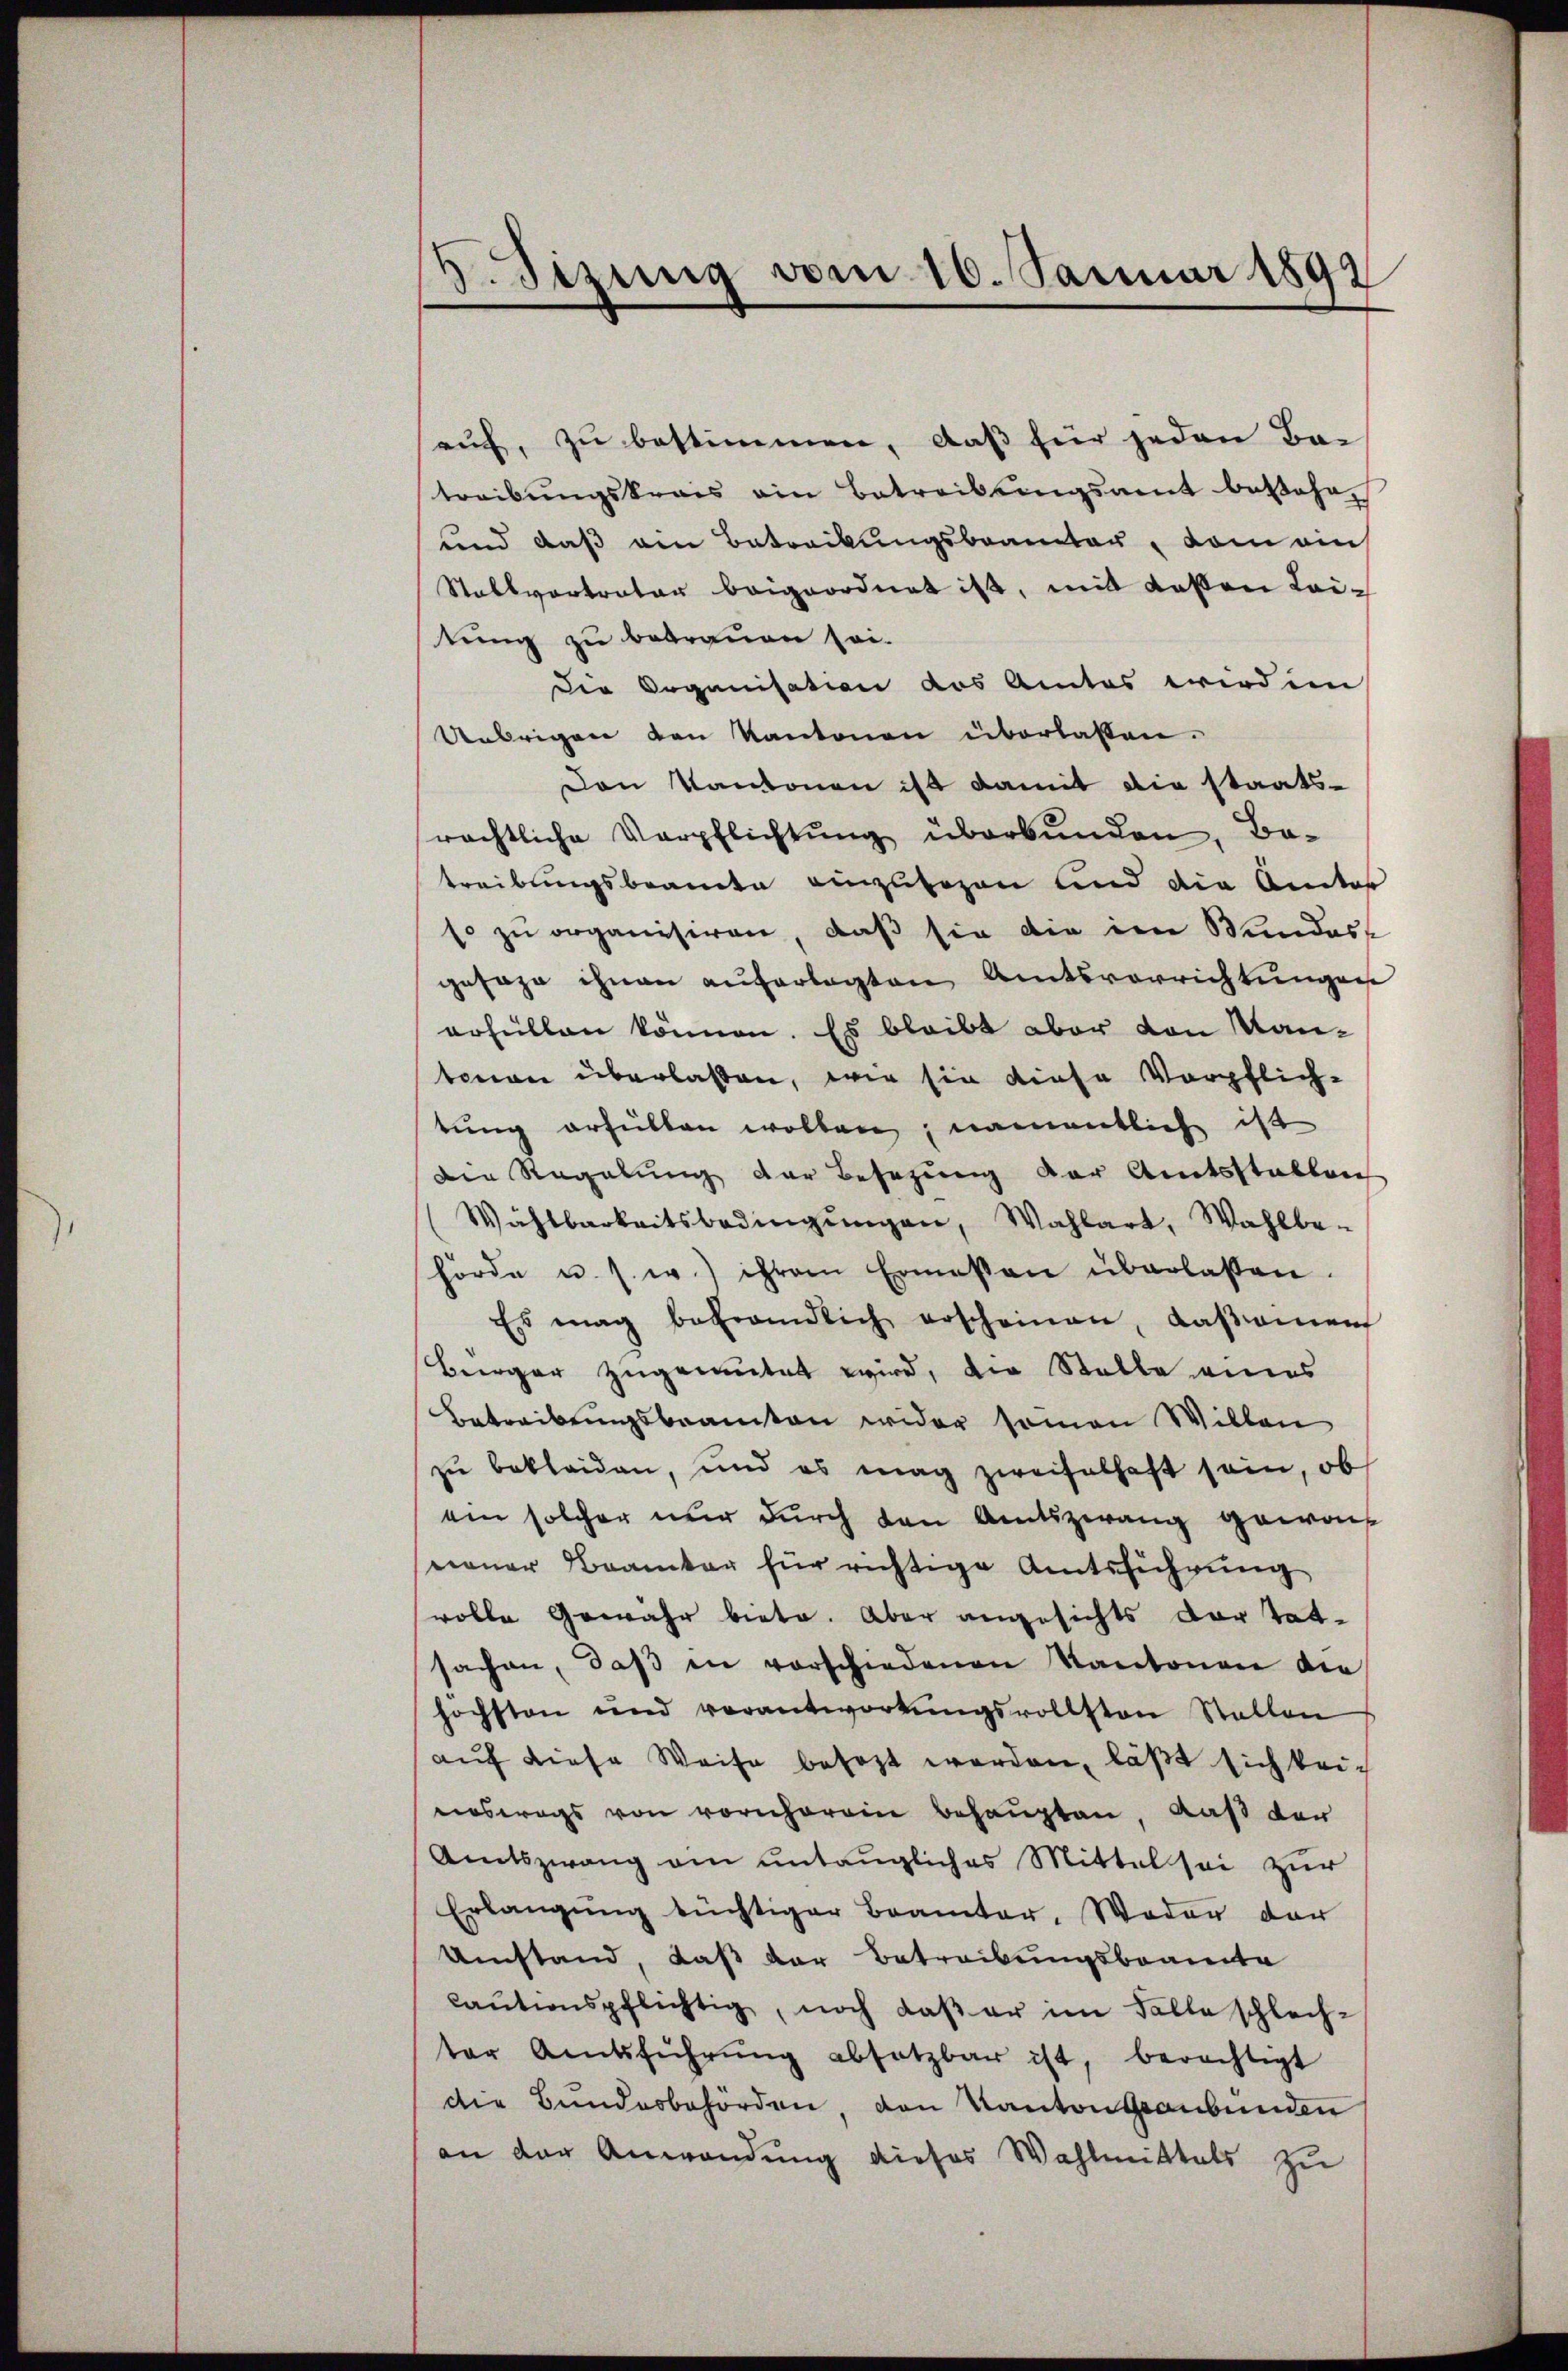
5. Sizung vom 16. Januar 1892

auf, zu bestimmen, daß für jeden Bai
treibŭngskrais ein Betreibŭngsamt besohr,
und daß den Betrackungsbeamter, dem ein
Stallvertrator beigeordnet ist, mit dessen Leitung zu betrauen sei.
Die Organisation des Amtes wird im
Uebrigen den Kantonen überlassen.
Den Kantonen ist damit die staatsrächtliche Verpflichtŭng überbŭnden, Ba-
treibungsbranden einzusagen und die Anitar
so zu organisiren, daß sie die im Wundass
gesage ihnen auferlegten Amtsvorrichtungen
erhüllen können. Es bleibt aber von Mantenen überlassen, wie sie diese Verpflich-
tung erfüllen wollen, namentlich ist
Die Regelŭng der Besetzŭng der Amtsstablen
Wählbarkeitsbedingŭngen, Wahlart, Wahlbe-
hörde u. s. w.) ihrem Ermessen überlassen.
Es mag befrandlich erscheinen, das amen
Berger zugemutet wird, die Stelle eines
Betreibungsbeamten wider seinen Willen
zu bekleiden, und es mag zweifelhaft sein, ob
ein solcher nŭr dŭrch den Amtszwang gewonneuer Beamter für richtige Amtsführung
volle Gewähr biete. Aber angesichts der tat-
sachen, daβ in vorschiedenen Kantonen die
höchsten und verantwortŭngsvollsten Stallen
aŭf diese Weise besezt werden, läßt sich keineswegs von vornherein behaupten, daß den
Amtszwang am untaugliches Mittel sei zur
Erlangŭng tüchtiger Beamter, Woder der
Umstand, daß der Betreibungsbeamte
cautionspflichtig, noch daß er im Falle schlech-
ter Amtsführŭng absatzbar ist, berechtigt
die Bundesbehörden, den Kanton Graubünden
an der Anwendung dieses Wahlmittels zu